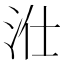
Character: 𱦁